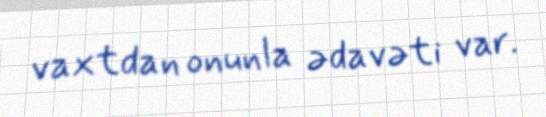
vaxtdan onunla ədavəti var.